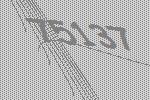
75137